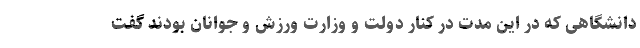
دانشگاهی که در این مدت در کنار دولت و وزارت ورزش و جوانان بودند گفت